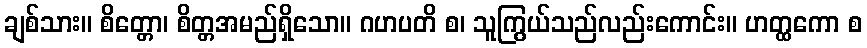
ချစ်သား။ စိတ္တော၊ စိတ္တအမည်ရှိသော။ ဂဟပတိ စ၊ သူကြွယ်သည်လည်းကောင်း။ ဟတ္ထကော စ